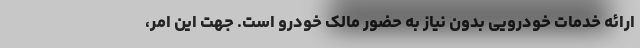
ارائه خدمات خودرویی بدون نیاز به حضور مالک خودرو است. جهت این امر،